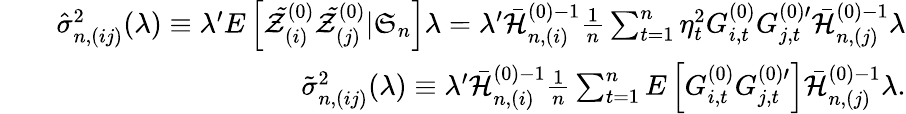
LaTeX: \begin{array}{rlr}&{}&{\hat{\sigma}_{n,(ij)}^{2}(\lambda)\equiv\lambda^{\prime}E\left[\mathcal{\tilde{Z}}_{(i)}^{(0)}\mathcal{\tilde{Z}}_{(j)}^{(0)}|\mathfrak{S}_{n}\right]\lambda=\lambda^{\prime}\mathcal{\bar{H}}_{n,(i)}^{(0)-1}\frac{1}{n}\sum_{t=1}^{n}\eta_{t}^{2}G_{i,t}^{(0)}G_{j,t}^{(0)\prime}\mathcal{\bar{H}}_{n,(j)}^{(0)-1}\lambda}\\ &{}&{\tilde{\sigma}_{n,(ij)}^{2}(\lambda)\equiv\lambda^{\prime}\mathcal{\bar{H}}_{n,(i)}^{(0)-1}\frac{1}{n}\sum_{t=1}^{n}E\left[G_{i,t}^{(0)}G_{j,t}^{(0)\prime}\right]\mathcal{\bar{H}}_{n,(j)}^{(0)-1}\lambda.}\end{array}